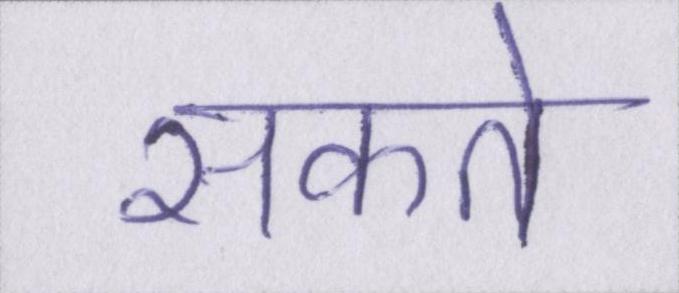
सकते